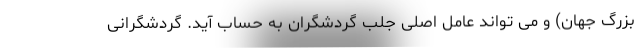
بزرگ جهان) و می تواند عامل اصلی جلب گردشگران به حساب آید. گردشگرانی